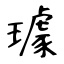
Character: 璩